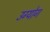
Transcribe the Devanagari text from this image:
उग्योग